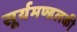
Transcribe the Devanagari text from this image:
सूर्यमण्डलकी